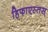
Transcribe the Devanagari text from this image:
हिफाएस्तस्‌